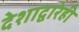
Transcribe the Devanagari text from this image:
देशाद्वारेही